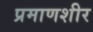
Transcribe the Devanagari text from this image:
प्रमाणशीर